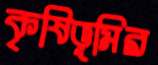
কৃষিভূমির